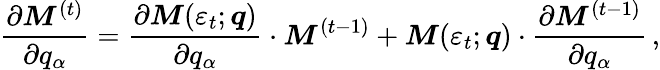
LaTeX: \frac{\partial\boldsymbol{M}^{(t)}}{\partial q_{\alpha}}=\frac{\partial\boldsymbol{M}(\varepsilon_{t};\boldsymbol{q})}{\partial q_{\alpha}}\cdot\boldsymbol{M}^{(t-1)}+\boldsymbol{M}(\varepsilon_{t};\boldsymbol{q})\cdot\frac{\partial\boldsymbol{M}^{(t-1)}}{\partial q_{\alpha}}\, ,